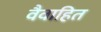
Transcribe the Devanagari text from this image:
वैवाहित